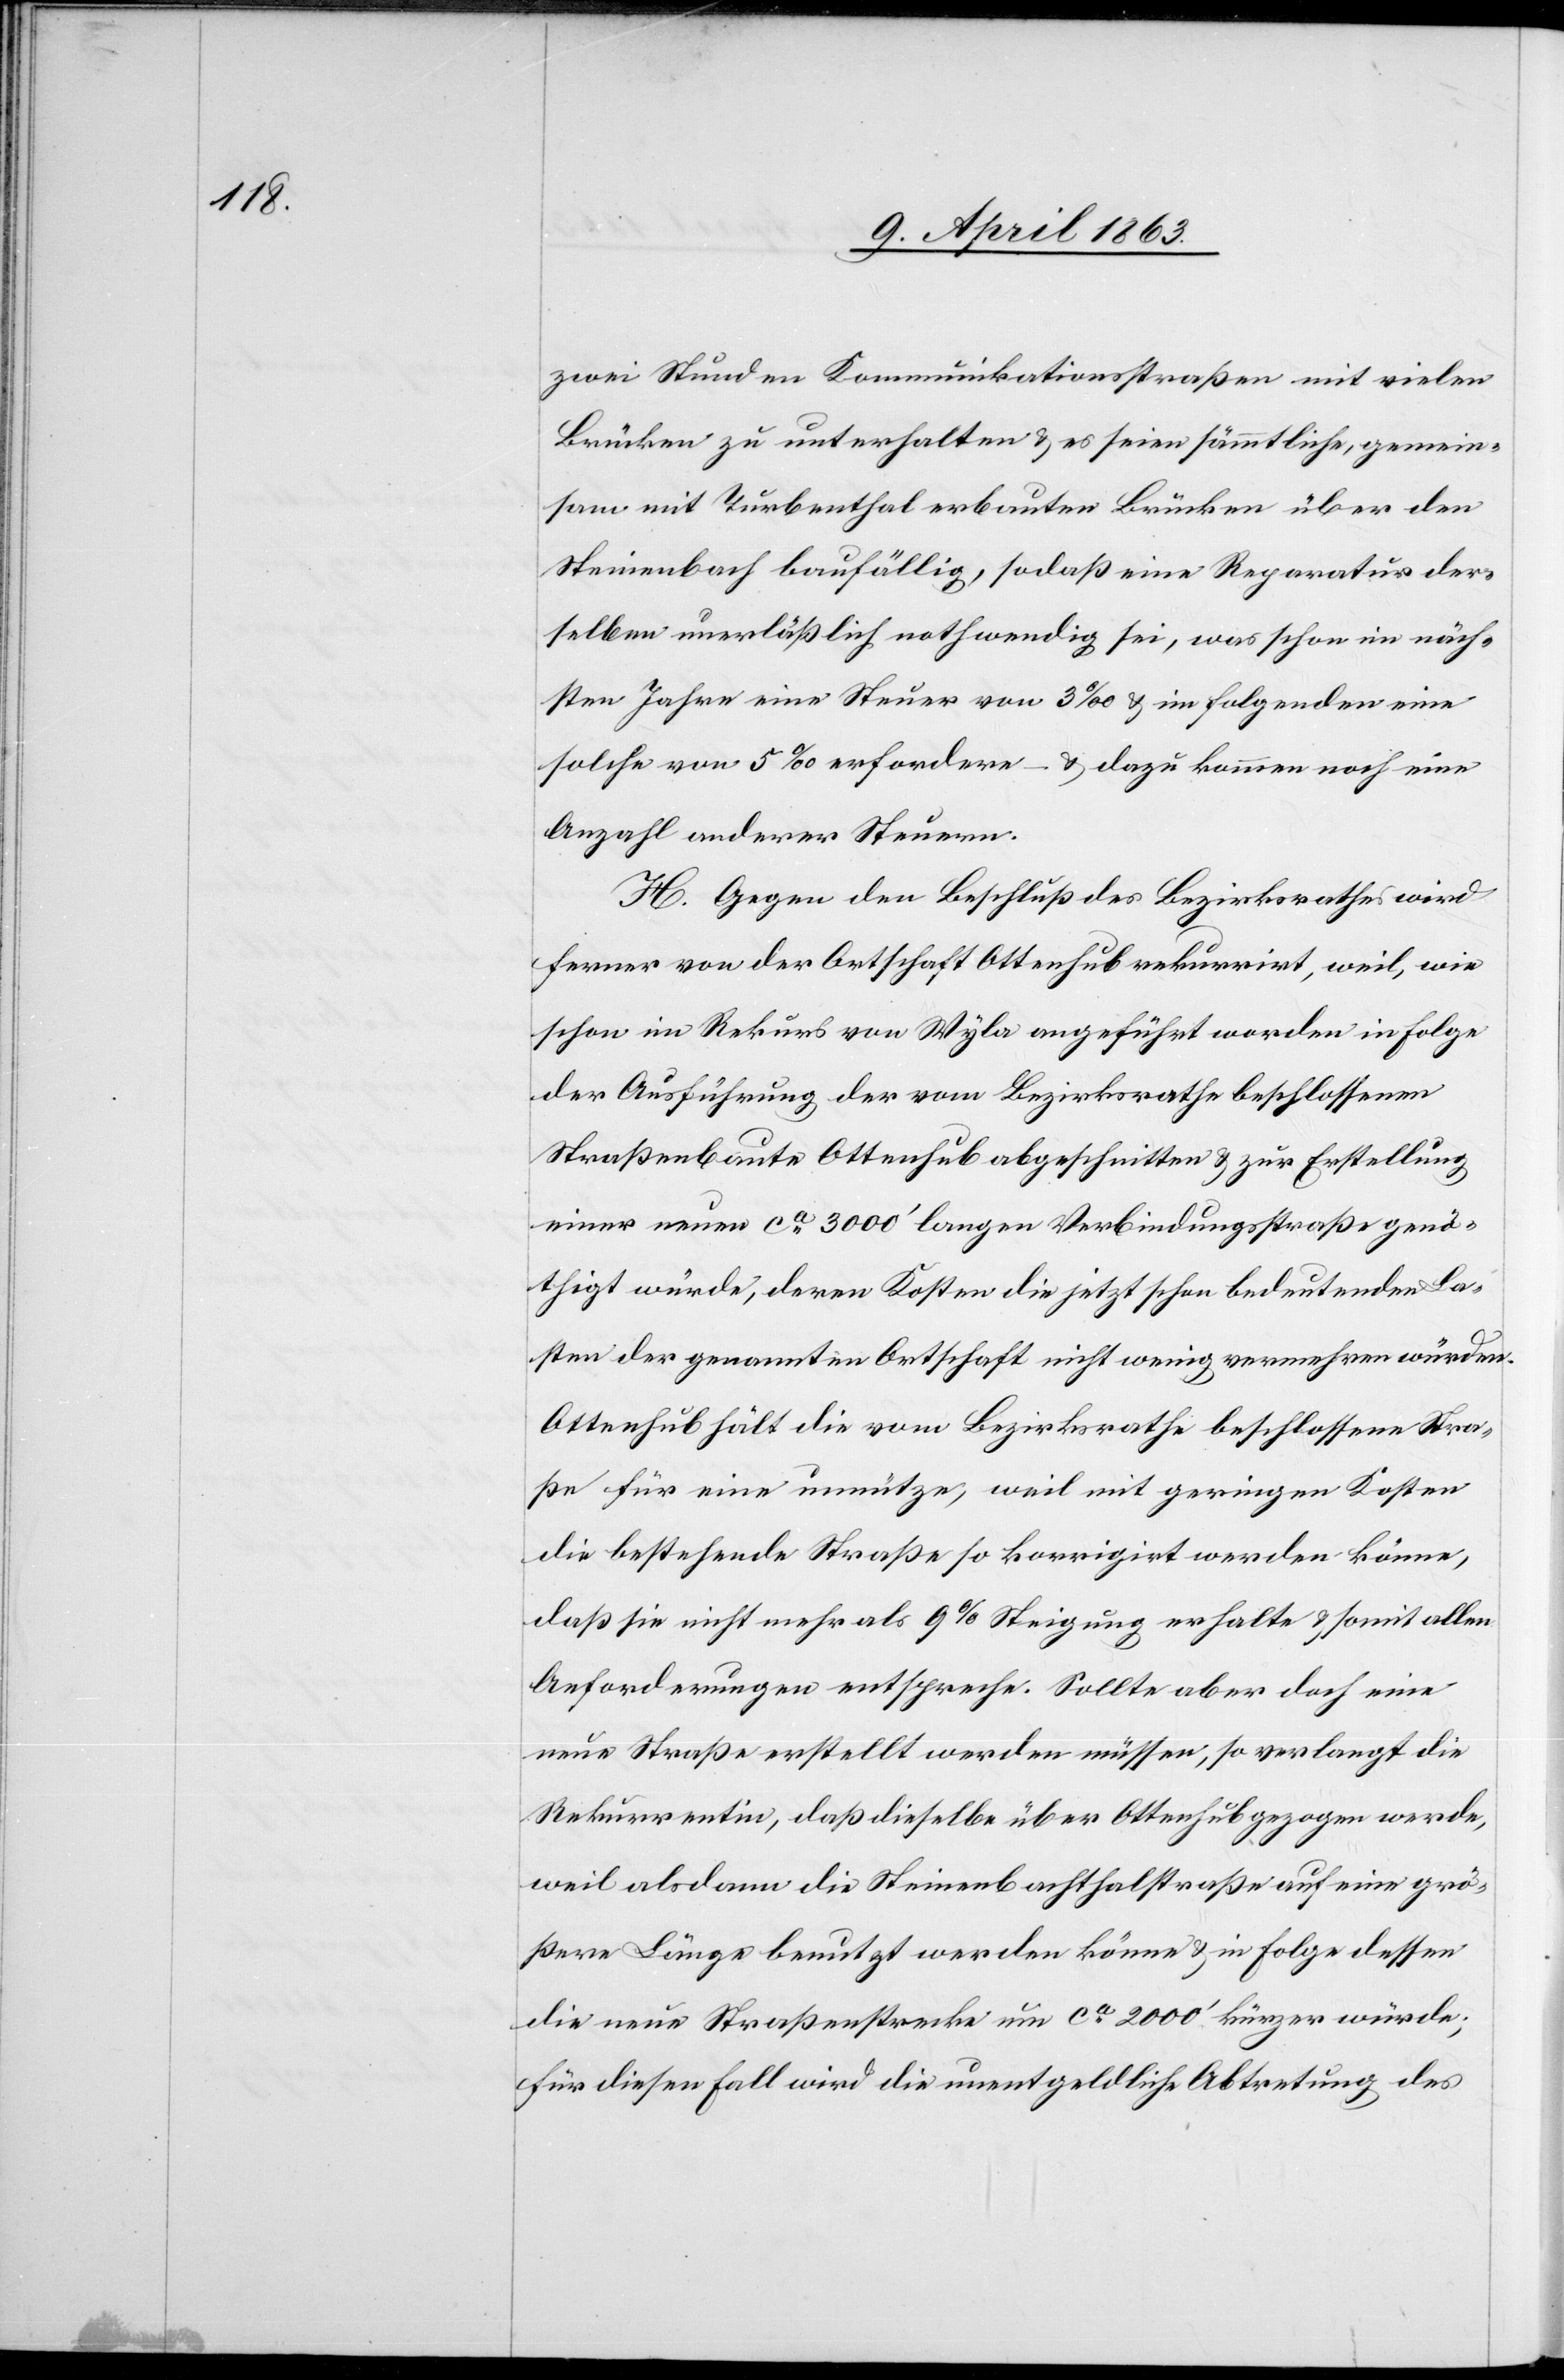
zwei Stunden Kommunikationsstraßen mit vielen
Brücken zu unterhalten & es seien sämmtliche, gemein¬
sam mit Turbenthal erbauten Brücken über den
Steinenbach baufällig, sodaß eine Reparatur der¬
selben unerläßlich nothwendig sei, was schon im näch¬
sten Jahre eine Steuer von 3‰ & im folgenden eine
solche von 5‰ erfordere – & dazu kommen noch eine
Anzahl anderer Steuern.
H. Gegen den Beschluß des Bezirksrathes wird
ferner von der Ortschaft Ottenhub rekurrirt, weil, wie
schon im Rekurs von Wyla angeführt worden in Folge
der Ausführung der vom Bezirksrathe beschlossenen
Straßenbaute Ottenhub abgeschnitten & zur Erstellung
einer neuen ca 3000' langen Verbindungsstraße genö¬
thigt würde, deren Kosten die jetzt schon bedeutenden La¬
sten der genannten Ortschaft nicht wenig vermehren würden.
Ottenhub hält die vom Bezirksrathe beschlossene Stra¬
ße für eine unnütze, weil mit geringen Kosten
die bestehende Straße so korrigirt werden könne,
daß sie nicht mehr als 9% Steigung erhalte & somit allen
Anforderungen entspreche. Sollte aber doch eine
neue Straße erstellt werden müssen, so verlangt die
Rekurrentin, daß dieselbe über Ottenhub gezogen werde,
weil alsdann die Steinenbachthalstraße auf eine grö¬
ßere Länge benutzt werden könne & in Folge dessen
die neue Straßenstrecke um ca 2000' kürzer würde;
für diesen Fall wird die unentgeldliche Abtretung des